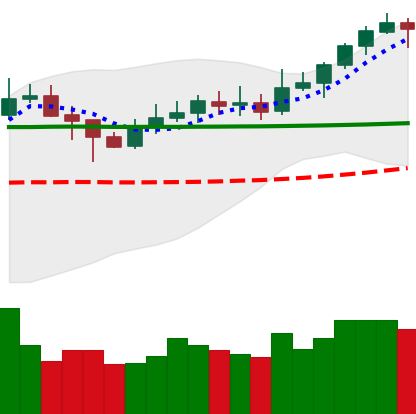
Ticker: XLM-USD
Chart end date: 2020-02-08
Forward return: 16.657%
Label: up_7plus